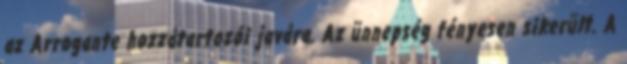
az Arrogante hozzátartozói javára. Az ünnepség fényesen sikerült. A